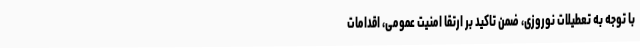
با توجه به تعطیلات نوروزی، ضمن تاکید بر ارتقا امنیت عمومی، اقدامات